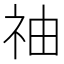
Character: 䄂